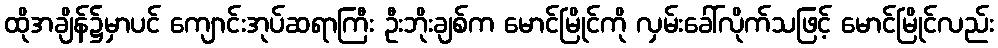
ထိုအချိန်၌မှာပင် ကျောင်းအုပ်ဆရာကြီး ဦးဘိုးချစ်က မောင်မြိုင်ကို လှမ်းခေါ်လိုက်သဖြင့် မောင်မြိုင်လည်း